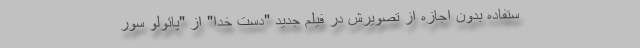
ستفاده بدون اجازه از تصویرش در فیلم جدید "دست خدا" از "پائولو سور